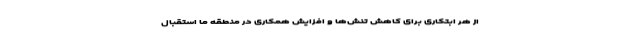
از هر ابتکاری برای کاهش تنش‌ها و افزایش همکاری در منطقه ما استقبال